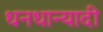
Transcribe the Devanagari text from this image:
धनधान्यादी